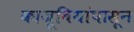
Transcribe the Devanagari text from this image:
काजूबियांपासून